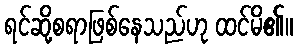
ရင်ဆို့စရာဖြစ်နေသည်ဟု ထင်မိ၏။